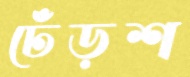
ঢেঁড়শ